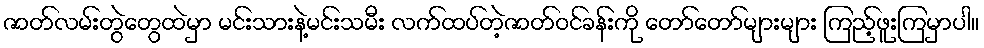
ဇာတ်လမ်းတွဲတွေထဲမှာ မင်းသားနဲ့မင်းသမီး လက်ထပ်တဲ့ဇာတ်ဝင်ခန်းကို တော်တော်များများ ကြည့်ဖူးကြမှာပါ။